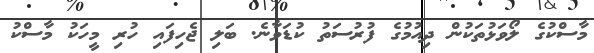
މާސްކުގެ ލޯވަޅުތަކުން ދިއުމުގެ ފުރުސަތު ކުޑަވާނެ. ބަލި ޖެހިފައި ހުރި މީހަކު މާސްކު